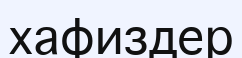
хафиздер